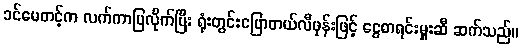
ခင်မေတင့်က လက်ကာပြလိုက်ပြီး ရုံးတွင်းပြောတယ်လီဖုန်းဖြင့် ငွေစာရင်းမှူးဆီ ဆက်သည်။